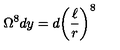
\Omega ^ { 8 } d y = d { \left( \frac { \ell } { r } \right) } ^ { 8 }